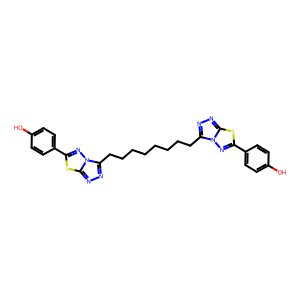
SMILES: Oc1ccc(-c2nn3c(CCCCCCCCc4nnc5sc(-c6ccc(O)cc6)nn45)nnc3s2)cc1
Inhibits HIV replication: Yes